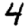
Digit: 4